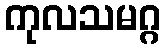
ကုလသမဂ္ဂ